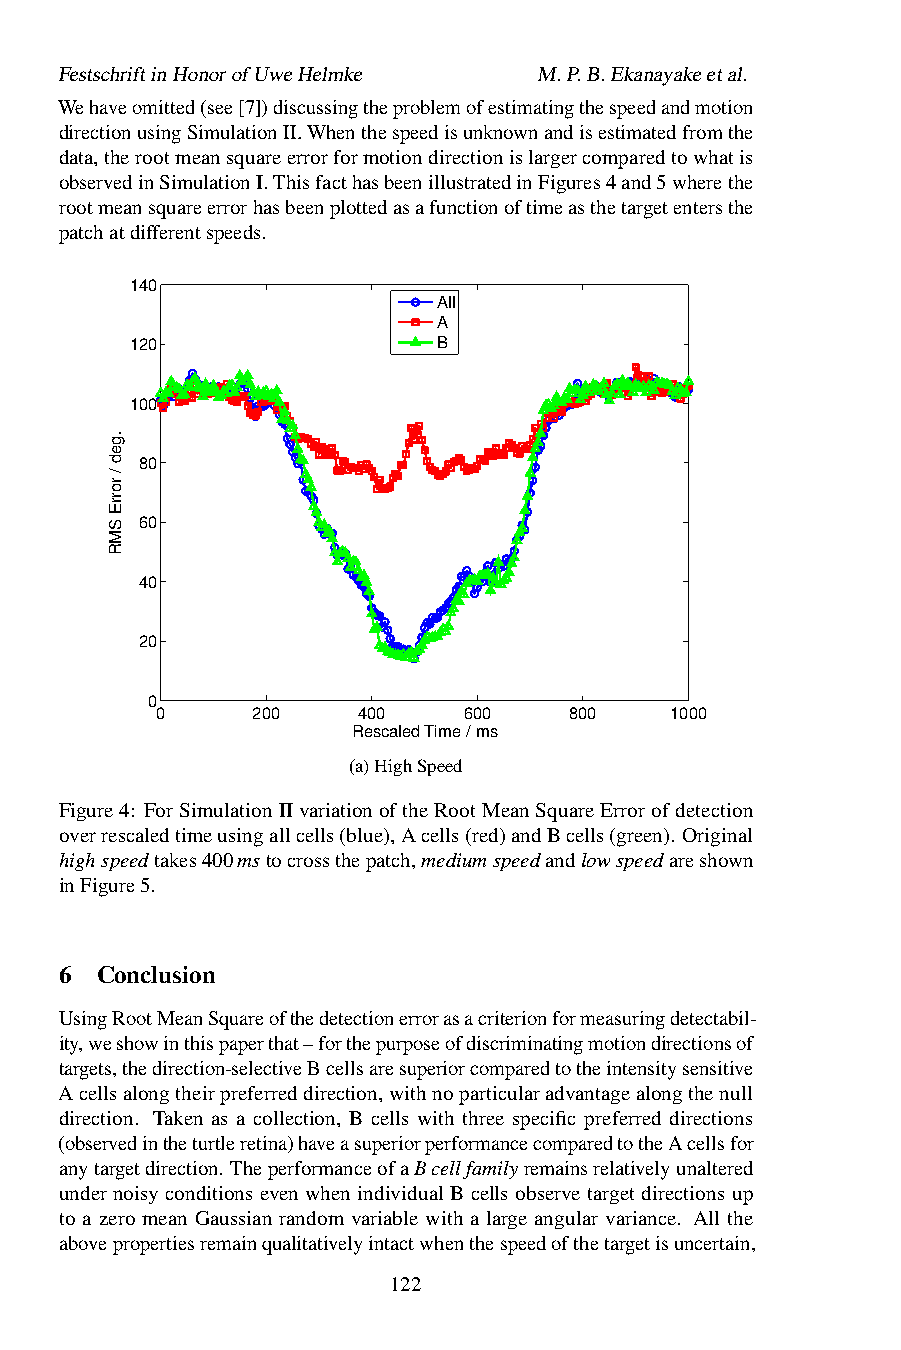
FestschriftinHonorofUweHelmke   M.P.B.Ekanayakeetal.
 Wehaveomitted(see[7])discussingtheproblemofestimatingthespeedandmotion
 directionusingSimulationII.Whenthespeedisunknownandisestimatedfromthe
 data,therootmeansquareerrorformotiondirectionislargercomparedtowhatis
 observedinSimulationI.ThisfacthasbeenillustratedinFigures4and5wherethe
 rootmeansquareerrorhasbeenplottedasafunctionoftimeasthetargetentersthe
 patchatdifferentspeeds.
 140
 All
 A
 120                 B
 100
 80
 60
 40
 20
 0
 0      200    400    600    800   1000
 Rescaled Time / ms
 (a)HighSpeed
 Figure4: ForSimulationIIvariationoftheRootMeanSquareErrorofdetection
 overrescaledtimeusingallcells(blue),Acells(red)andBcells(green). Original
 highspeedtakes400mstocrossthepatch,mediumspeedandlowspeedareshown
 inFigure5.
 6 Conclusion
 UsingRootMeanSquareofthedetectionerrorasacriterionformeasuringdetectabil-
 ity,weshowinthispaperthat–forthepurposeofdiscriminatingmotiondirectionsof
 targets,thedirection-selectiveBcellsaresuperiorcomparedtotheintensitysensitive
 Acellsalongtheirpreferreddirection,withnoparticularadvantagealongthenull
 direction. Taken as a collection, B cells with three specific preferred directions
 (observedintheturtleretina)haveasuperiorperformancecomparedtotheAcellsfor
 anytargetdirection. TheperformanceofaBcellfamilyremainsrelativelyunaltered
 under noisy conditions even when individual B cells observe target directions up
 to a zero mean Gaussian random variable with a large angular variance. All the
 abovepropertiesremainqualitativelyintactwhenthespeedofthetargetisuncertain,
 122
 .ged
 /
 rorrE
 SMR